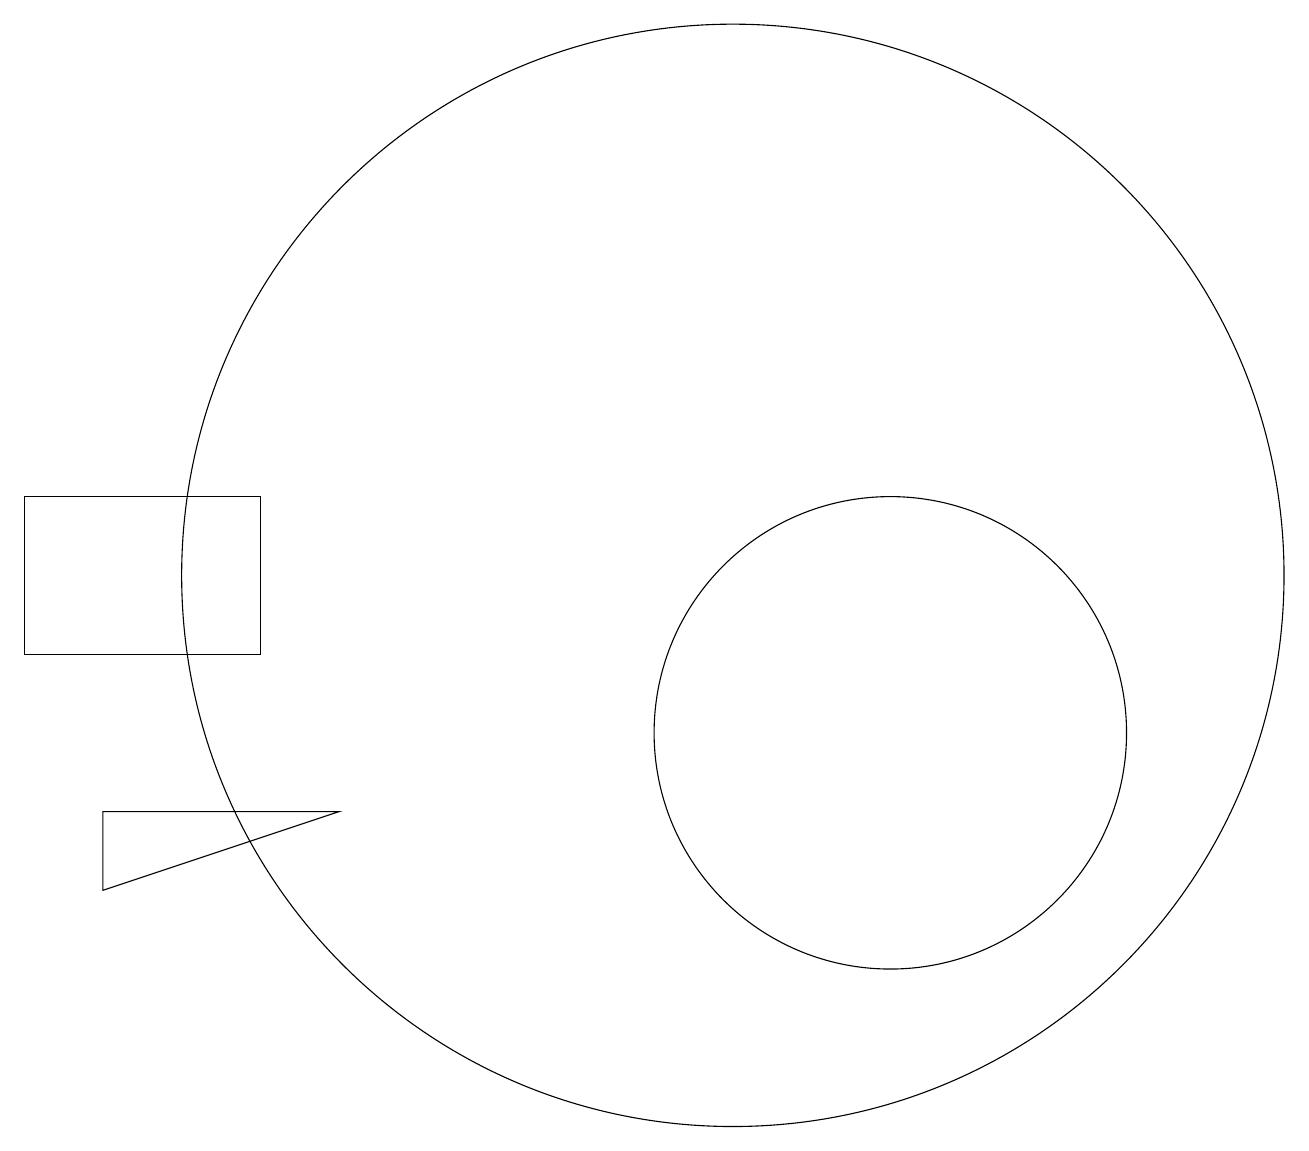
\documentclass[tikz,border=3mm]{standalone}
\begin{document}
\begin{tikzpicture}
\draw (10,12) circle (7);
\draw (2,8) -- (2,9) -- (5,9) -- cycle;
\draw (12,10) circle (3);
\draw (1,11) rectangle (4,13);
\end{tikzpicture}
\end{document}